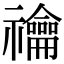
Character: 禴